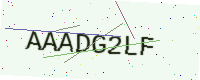
Text: AAADG2LF